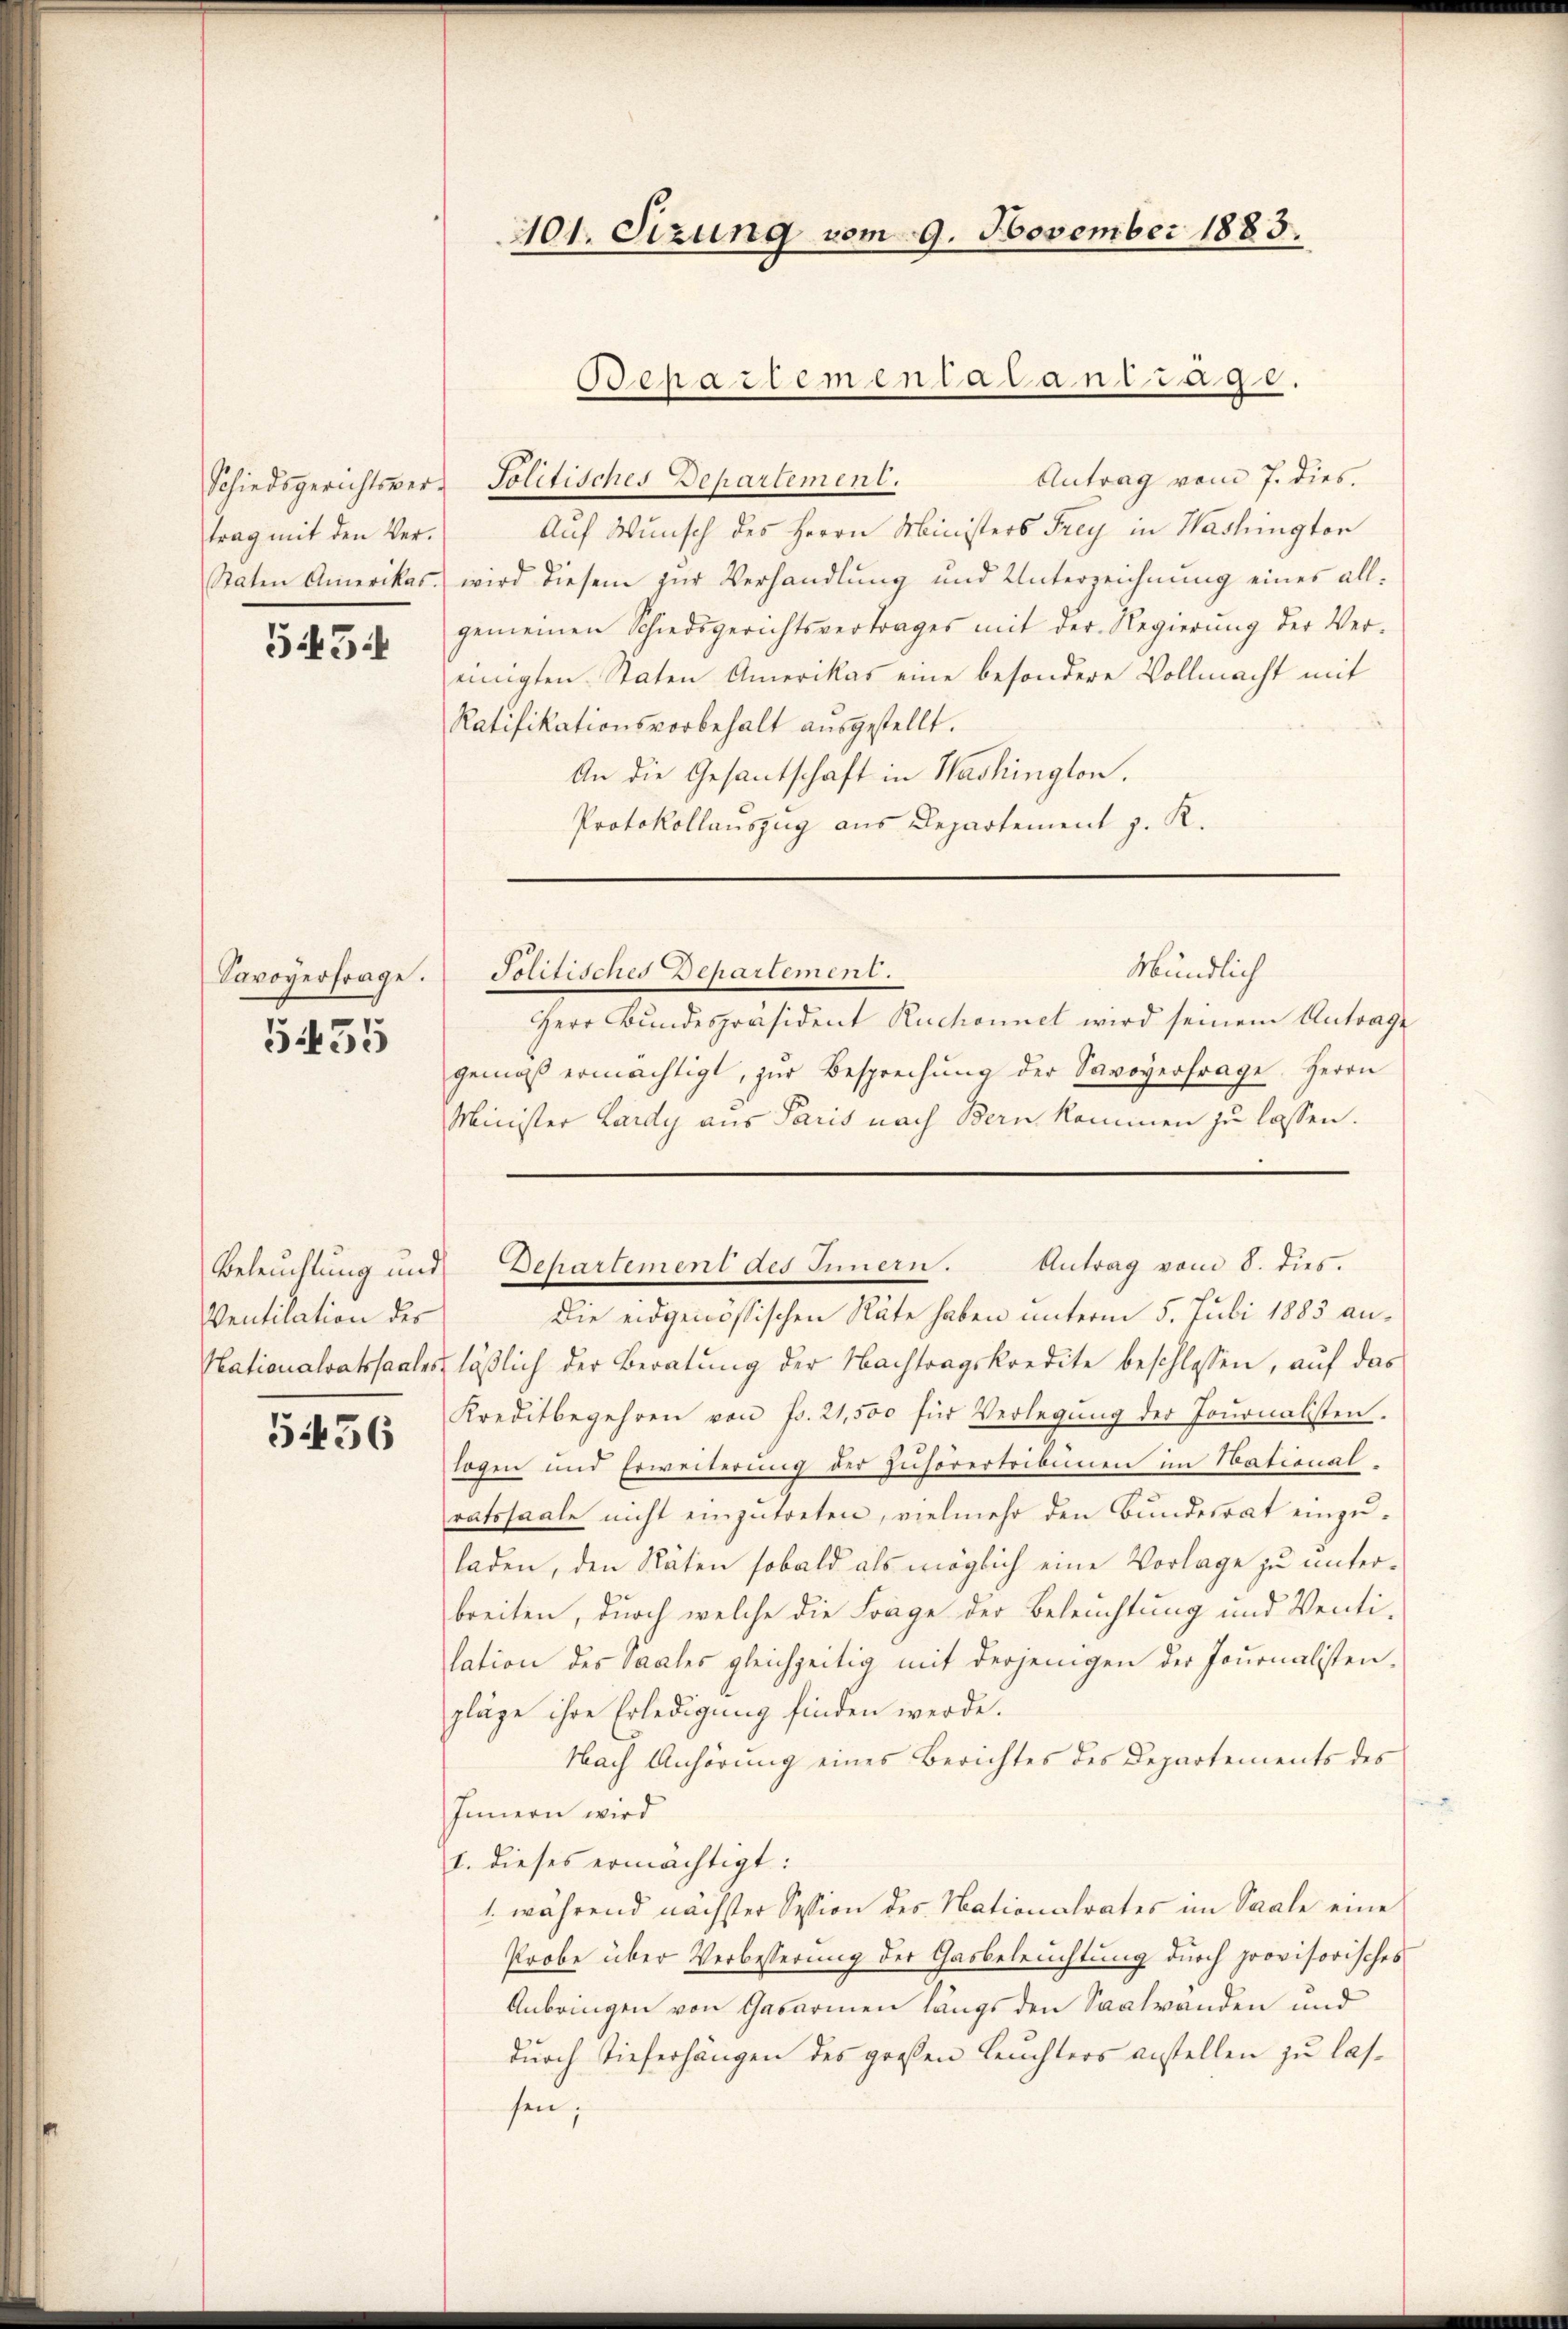
Schiedsgerichtsvertrag mit den Ver¬
Staten Amerikas.

545:

Savoyerfrage.

5435

Ventilation des

5456

101. Sizung vom 9. November 1883.

Bepartementatantrage

Antrag vom 7. dies
Politisches Departement.
Auf Wunsch des Herrn Ministers Frey in Washington
wird diesem zur Verhandlung und Unterzeichnung eines allgemeinen Schiedsgerichtsvertrages mit der Regierŭng der Ver-
einigten Staten Amerikas eine besondere Vollmacht mit
Ratifikationsvorbehalt aŭsgestellt.
An die Gesantschaft in Washington,
Protokollauszug aus Departement z. K.

Herr Bundespräsident Ruchonnet wird seinem Antrage
gemäβ ermächtigt, zŭr Besprechŭng der Savoyerfrage. Herrn
Minister Lardy aus Paris nach Bern kommen zu lassen.

Mündlich
Politisches Departement.

Beleuchtung und Departement des Innern. Antrag vom 8. dies

Die eidgenössischen Räte haben unterm 5. Juli 1883 an¬
Nationalratssaales läßlich der Beratung der Nachtragskredite beschlossen, auf das
Kreditbegehren von Fr. 21,500 für Verlegŭng der Journalisten.
logen und Erweiterung der Zuhörertribunen im Stational-
ratssaale nicht einzutreten, vielmehr den Bunderrat einzuladen, den Räten sobald als möglich eine Vorlage zu unterbreiten, durch welche die Frage der Beleuchtung und Venti-
lation des Saales gleichzeitig mit derjenigen der Journalisten.
pläge ihre Erledigung finden werde.
Nach Anhörung eines Berichtes des Departements des
Innern wird
1. dieses ermächtigt:
1. während nächster Session des Nationalrates im Saale eine
Probe über Verbesserung der Gasbeleuchtung durch provisorisches
Anbringen von Gasarmen längs den Saalwanden und
durch Tieferhängen des großen Leuchters anstellen zu lassen;